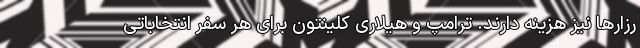
رزارها نیز هزینه دارند. ترامپ و هیلاری کلینتون برای هر سفر انتخاباتی